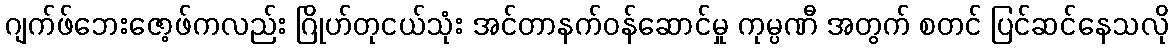
ဂျက်ဖ်ဘေးဇော့ဖ်ကလည်း ဂြိုဟ်တုငယ်သုံး အင်တာနက်ဝန်ဆောင်မှု ကုမ္ပဏီ အတွက် စတင် ပြင်ဆင်နေသလို